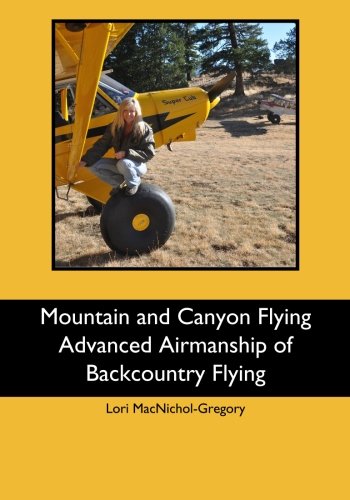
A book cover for Mountain and Canyon Flying Advanced Airmanship of Backcountry Flying; Lori MacNichol-Gregory; Sports & Outdoors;